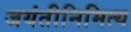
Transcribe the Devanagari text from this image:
जयंतीनिमित्य